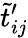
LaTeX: \tilde{t}_{ij}^{\prime}